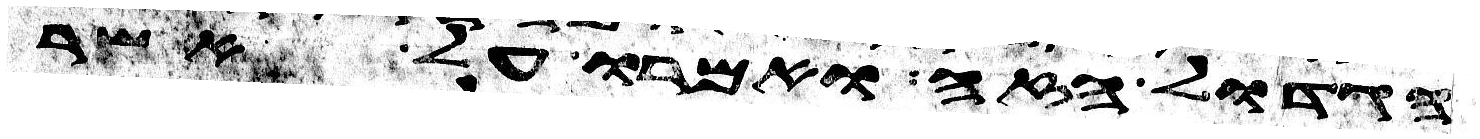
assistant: הגדול הזה ואמרו על אשר